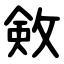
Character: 㪘